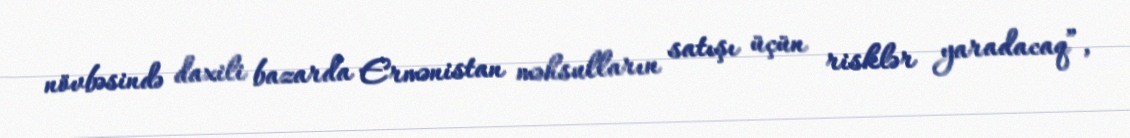
növbəsində daxili bazarda Ermənistan məhsulların satışı üçün risklər yaradacaq”,